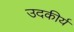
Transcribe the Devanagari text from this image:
उदकीर्य